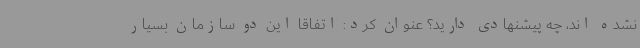
نشده اند، چه پیشنهادی دارید؟ عنوان کرد: اتفاقا این دو سازمان بسیار